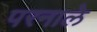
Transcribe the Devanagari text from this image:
परनाले